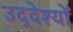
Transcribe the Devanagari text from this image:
उद्‌देश्यों